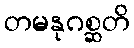
တမနုဂစ္ဆတိ